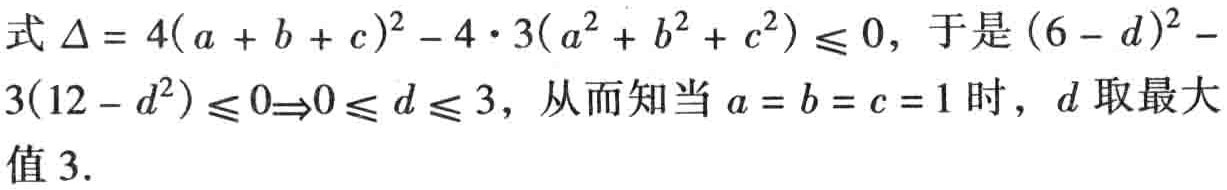
式 $\Delta = 4(a + b + c)^2 - 4\cdot 3(a^2 + b^2 + c^2) \leq 0$, 于是 $(6 - d)^2 - 3(12 - d^2) \leq 0\Rightarrow0 \leq d \leq 3$, 从而知当 $a = b = c = 1$ 时, $d$ 取最大值 $3$.